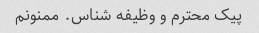
پیک محترم و وظیفه شناس. ممنونم